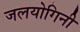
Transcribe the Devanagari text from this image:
जलयोगिनी